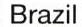
Brazil